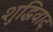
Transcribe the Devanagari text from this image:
शुद्धिवाद